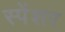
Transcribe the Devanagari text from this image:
स्पेंशर